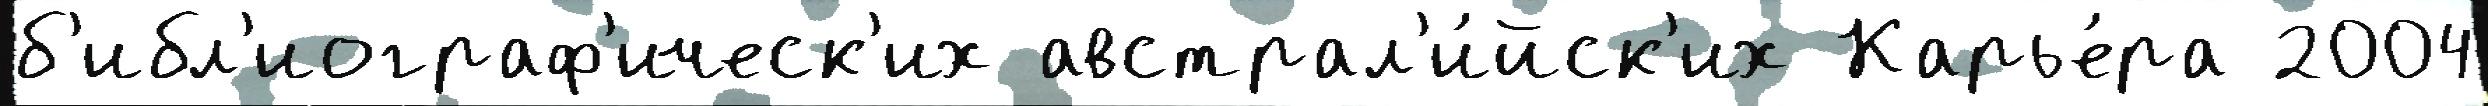
б'ибл'иограф'ическ'их австрал'и́йск'их Карье́ра 2004